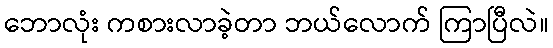
ဘောလုံး ကစားလာခဲ့တာ ဘယ်လောက် ကြာပြီလဲ။